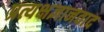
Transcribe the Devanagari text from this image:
प्रत्यक्षज्ञानवाद